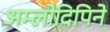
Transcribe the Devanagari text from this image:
अम्लोदिपिने